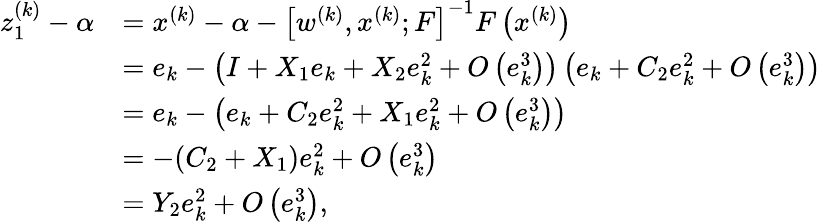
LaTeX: \begin{array}{rl}{z_{1}^{(k)}-\alpha}&{=x^{(k)}-\alpha-\left[w^{(k)},x^{(k)};F\right]^{-1}F\left(x^{(k)}\right)}\\ &{=e_{k}-\left(I+X_{1}e_{k}+X_{2}e_{k}^{2}+O\left(e_{k}^{3}\right)\right)\left(e_{k}+C_{2}e_{k}^{2}+O\left(e_{k}^{3}\right)\right)}\\ &{=e_{k}-\left(e_{k}+C_{2}e_{k}^{2}+X_{1}e_{k}^{2}+O\left(e_{k}^{3}\right)\right)}\\ &{=-(C_{2}+X_{1})e_{k}^{2}+O\left(e_{k}^{3}\right)}\\ &{=Y_{2}e_{k}^{2}+O\left(e_{k}^{3}\right),}\end{array}